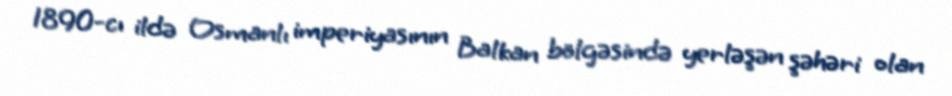
1890-cı ildə Osmanlı imperiyasının Balkan bölgəsində yerləşən şəhəri olan